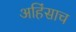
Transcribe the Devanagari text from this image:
अहिंसाच